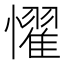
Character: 𢣷